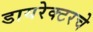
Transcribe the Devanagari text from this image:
डायरेक्टरचे